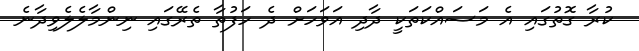
ކުރާ ގޮތުގައި އެ މަސައްކަތަކީ ދާދި އަވަހަށް ދެ ހަފުތާ ތެރޭގައި ނިންމާލެލެވިދާނެ